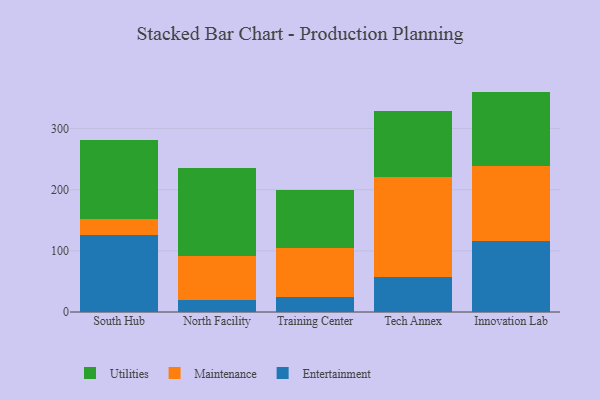
{"axis": {"x": "Campus", "y": "Revenue (USD Million)"}, "legend": ["Entertainment", "Maintenance", "Utilities"], "data": [{"x": "South Hub", "y": 125.8, "type": "Entertainment"}, {"x": "South Hub", "y": 25.7, "type": "Maintenance"}, {"x": "South Hub", "y": 129.8, "type": "Utilities"}, {"x": "North Facility", "y": 19.9, "type": "Entertainment"}, {"x": "North Facility", "y": 71.2, "type": "Maintenance"}, {"x": "North Facility", "y": 144.5, "type": "Utilities"}, {"x": "Training Center", "y": 24.2, "type": "Entertainment"}, {"x": "Training Center", "y": 81.1, "type": "Maintenance"}, {"x": "Training Center", "y": 93.5, "type": "Utilities"}, {"x": "Tech Annex", "y": 57.4, "type": "Entertainment"}, {"x": "Tech Annex", "y": 163.0, "type": "Maintenance"}, {"x": "Tech Annex", "y": 107.7, "type": "Utilities"}, {"x": "Innovation Lab", "y": 116.7, "type": "Entertainment"}, {"x": "Innovation Lab", "y": 122.1, "type": "Maintenance"}, {"x": "Innovation Lab", "y": 121.6, "type": "Utilities"}]}